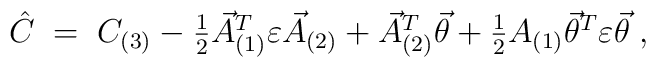
\hat{C}\;=\; C_{(3)}    -\textstyle{\frac{1}{2}} \vec{A}^{T}_{(1)}\varepsilon\vec{A}_{(2)}    +\vec{A}_{(2)}^{T}\vec{\theta}    +\textstyle{\frac{1}{2}}A_{(1)}\vec{\theta}^{T}\varepsilon\vec{\theta} \; ,